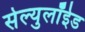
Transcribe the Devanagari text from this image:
सेल्युलॉईड